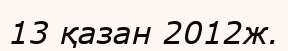
13 қазан 2012ж.